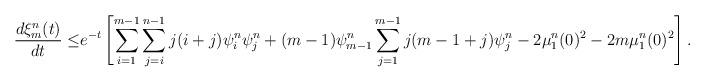
LaTeX: \begin{align*}\frac{d\xi^{n}_m(t)}{dt}\leq& e^{-t}\left[\sum_{i=1}^{m-1}\sum_{j=i}^{n-1} j(i+j)\psi^{n}_i \psi^{n}_j+(m-1) \psi^{n}_{m-1}\sum_{j=1}^{m-1}j(m-1+j) \psi^{n}_j-2\mu^{n}_1(0)^2-2m\mu^{n}_1(0)^2\right].\end{align*}